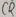
Text: C0